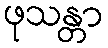
ဖုသန္တာ